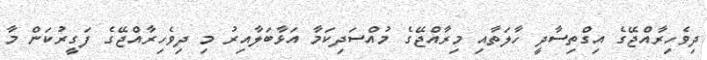
ދިވެހިރާއްޖޭގެ އިގްތިސާދީ ހާލަތާއި މިރާއްޖޭގެ މުއްސަދިކަމާ އަޅާބަލާއިރު މި ދިވެހިރާއްޖޭގެ ފަގީރުކަން މާ